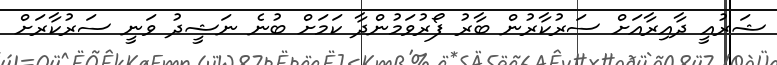
ޝަރުއީ ދާއިރާއަށް ސަރުކާރުން ބާރު ފޯރުވަމުންދާ ކަމަށް ބުނެ ނަޝީދު ވަނީ ސަރުކާރަށް